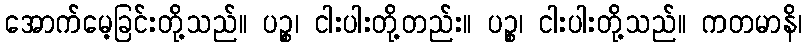
အောက်မေ့ခြင်းတို့သည်။ ပဉ္စ၊ ငါးပါးတို့တည်း။ ပဉ္စ၊ ငါးပါးတို့သည်။ ကတမာနိ၊